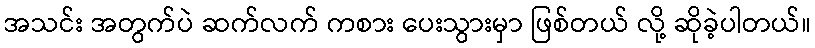
အသင်း အတွက်ပဲ ဆက်လက် ကစား ပေးသွားမှာ ဖြစ်တယ် လို့ ဆိုခဲ့ပါတယ်။